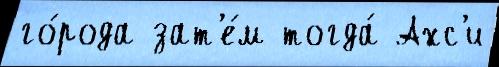
го́рода зат'е́м тогда́ Ахс'и